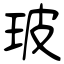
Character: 玻